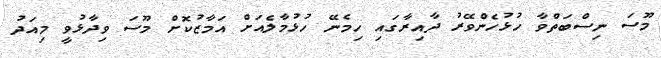
މޫސަ ނިސްބަތްވާ ހުޅުހެންވޭރު ދާއިރާގައި ހިމެނޭ ހުޅުމާލެއަށް އަމާޒުކޮށް މޫސަ ވިދާޅުވީ މިއަދު